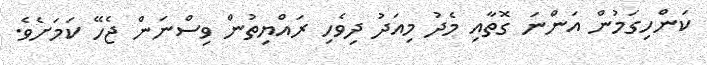
ކަންހިގަމުން އަންނަ ގޮތާއި މެދު މިއަދު ދިވެހި ރައްޔިތުން ވިސްނަން ޖެހޭ ކަމަށެވެ.